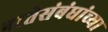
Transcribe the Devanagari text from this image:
नातेसंबंधांच्या